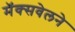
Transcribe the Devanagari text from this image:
मॅक्सवेलने